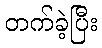
တက်ခဲ့ပြီး